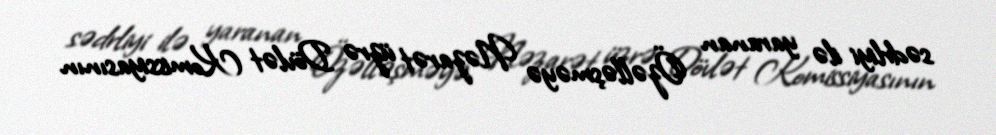
sədrliyi ilə yaranan Özəlləşməyə Nəzarət üzrə Dövlət Komissiyasının